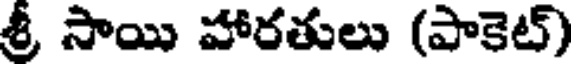
శ్రీ సాయి హారతులు (పాకెట్)